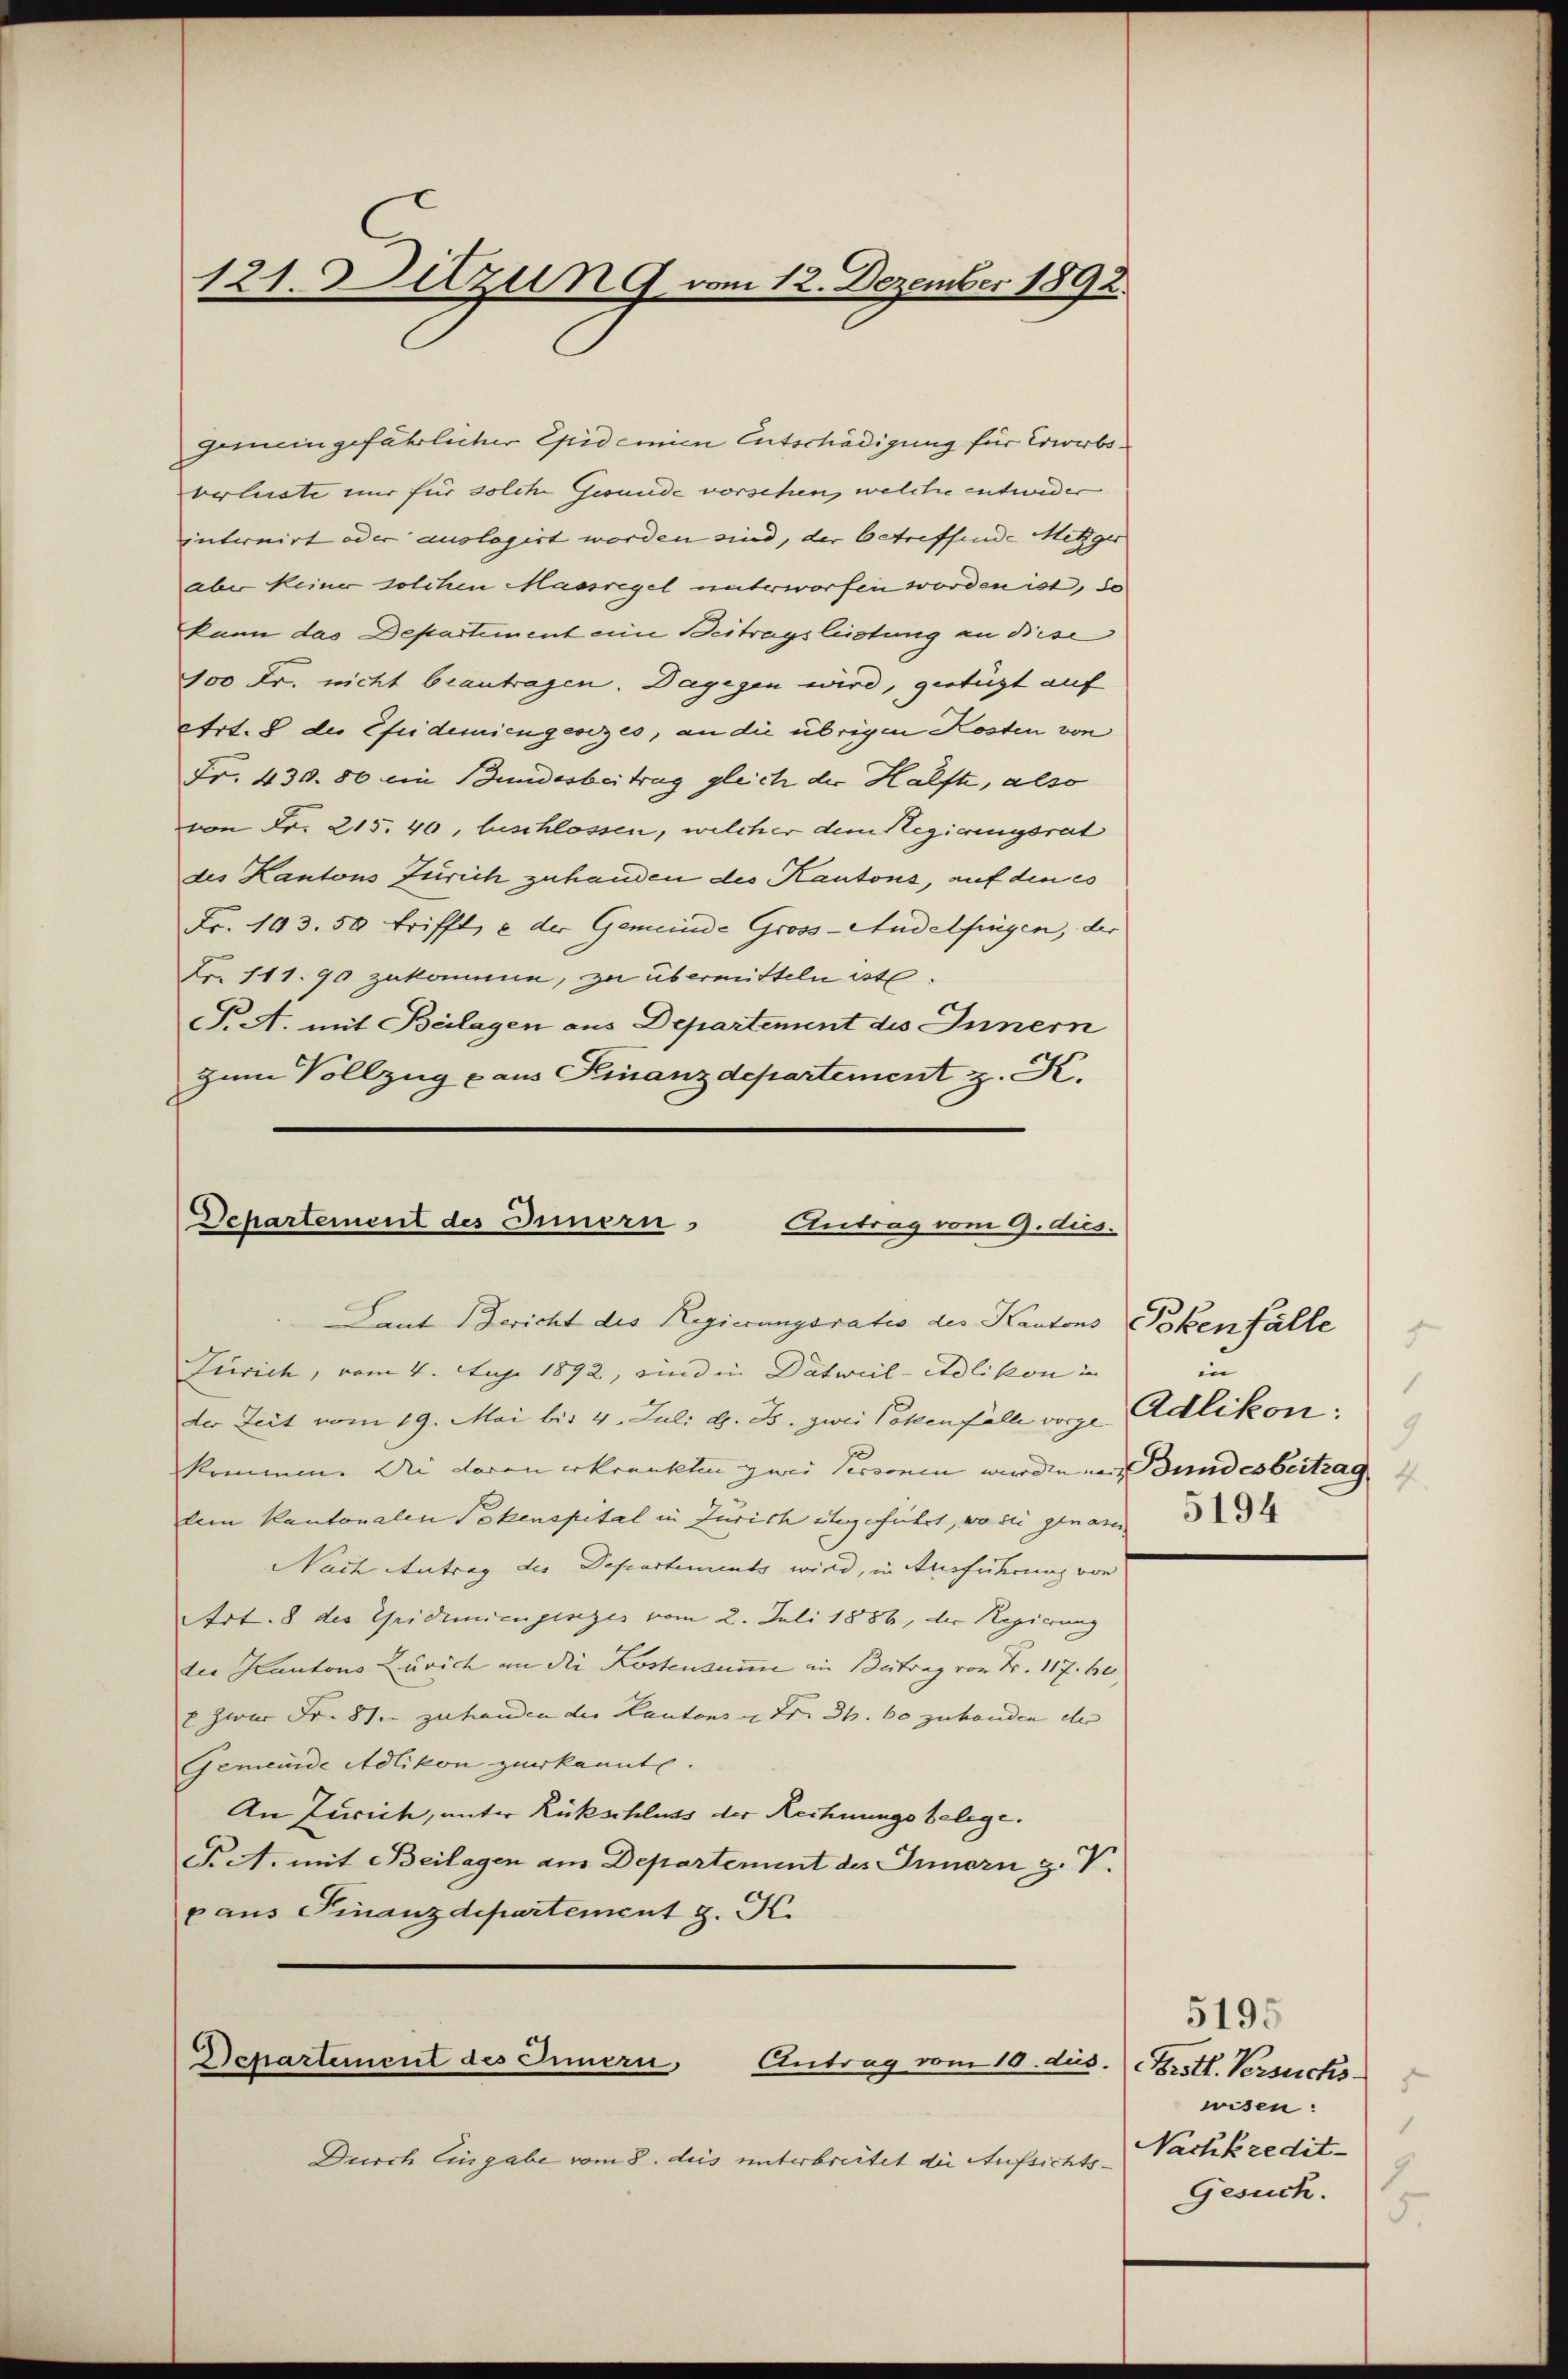
121. Dilzung vom 12. Dezember 1892.

gemeingefährlicher Epidemie Entschädigung für Erwerbsverlieste nur für solche Gesunde vorsehen, welche entweder
internirt oder auslagirt worden sind, der betreffende Metzger
aber keiner solchen Massregel unterworfen worden ist, da
kann das Departement eine Beitragsleistung an Bese
100 Fr. nicht beantragen. Dagegen wird, gestüzt auf
Art. 8 der Efridemiengesezes, an die übrigen Kosten von
Fr. 430. 80 ein Bundesbeitrag gleich der Hälfte, also
von Fr. 215. 40, beschlossen, welcher dem Regierungsrat
des Kantons Zürich zuhanden des Kantons, auf den es
Fr. 193. 50 trifft, e der Gemeinde Gross-Andelfingen, der
Fr. 111. 90 zukommen, zu übermitteln ist.
T. A. mit Beilagen aus Departement des Innern
zum Vollzug aus Finanzdepartement z. R.

Departement des Innern Antrag vom 9. dus.
Laut Bericht des Regierungsratio des Kantons Pokenfälle

Zürich, vom 4. Juji 1892, sind in Datwiil-Adlikon in |
der Zeit vom 19. Mai bis 4. Juli d. Js. zwei Polenfalle vorge Adlikon,
kommen. Die daran erkränkten zwei Personen wurde und und es beitrag
lein Kantonalen Pokenspital in Zürich abgeführt, wo die genan
Nach Antrag des Departements wird, in Ausführung von
AArt. 8 des Gridemiengesezes vom 2. Juli 1888, der Regierung
die Kantons Zürich an die Kostensumme in Betrag von Fr. 117. be
E zwar Fr. 81. zu handen der Kantons u Fr. 36. 60 zu handen ihr
Gemeinde Adlikon zuerkannt.
An Zürich, unter Rückschluss der Rechnungsbelege.
PA. mit Beilagen am Departement des Innern z. V.
p aus Finanzdepartement z. K.

Departement des Innern, Antrag vom 10. dus.

Durch Eingabe vom 8. des unterbreitet die Aufsichts-

5
i
9

5195
Brstl. Versuchs
wisen:
Nachkredit
1
Gesuch.
5.